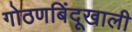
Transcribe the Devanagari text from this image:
गोठणबिंदूखाली